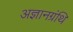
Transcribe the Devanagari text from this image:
अज्ञानग्रंथि